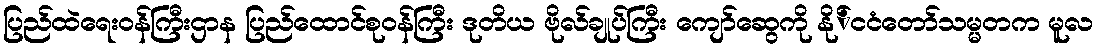
ပြည်ထဲရေးဝန်ကြီးဌာန ပြည်ထောင်စုဝန်ကြီး ဒုတိယ ဗိုလ်ချုပ်ကြီး ကျော်ဆွေကို နို်ငငံတော်သမ္မတက မူလ